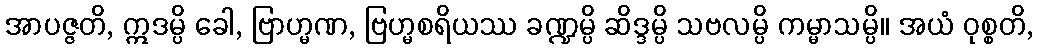
အာပဇ္ဇတိ, ဣဒမ္ပိ ခေါ, ဗြာဟ္မဏ, ဗြဟ္မစရိယဿ ခဏ္ဍမ္ပိ ဆိဒ္ဒမ္ပိ သဗလမ္ပိ ကမ္မာသမ္ပိ။ အယံ ဝုစ္စတိ,